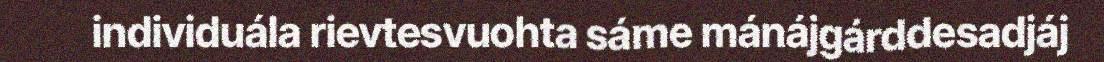
individuála rievtesvuohta sáme mánájgárddesadjáj